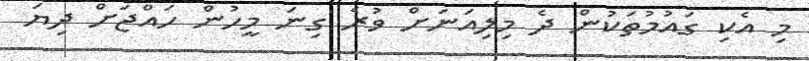
މި އެކި ގައުމުތަކުން ދެ މިލިއަނަށް ވުރެ ގިނަ މީހުން ހައްޖަށް ދިޔަ